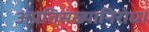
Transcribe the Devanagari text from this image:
अप्रतिसंख्यानिरोध।